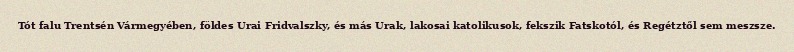
Tót falu Trentsén Vármegyében, földes Urai Fridvalszky, és más Urak, lakosai katolikusok, fekszik Fatskotól, és Regétztől sem meszsze.